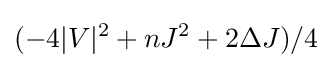
(-4|V|^{2}+nJ^{2}+2\Delta J)/4